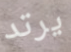
يرتد